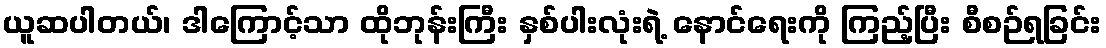
ယူဆပါတယ်၊ ဒါကြောင့်သာ ထိုဘုန်းကြီး နှစ်ပါးလုံးရဲ့ နောင်ရေးကို ကြည့်ပြီး စီစဉ်ရခြင်း